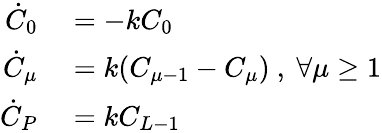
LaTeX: \begin{array}{rl}{\dot{C}_{0}}&{{}=-kC_{0}}\\ {\dot{C}_{\mu}}&{{}=k(C_{\mu-1}-C_{\mu})\ ,\ \forall\mu\geq 1}\\ {\dot{C}_{P}}&{{}=kC_{L-1}}\end{array}